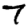
Digit: 7